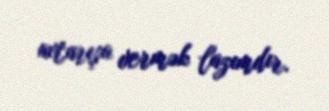
axtarışa vermək lazımdır.